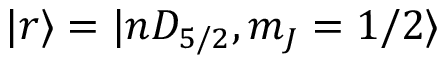
| r \rangle = | n D _ { 5 / 2 } , m _ { J } = 1 / 2 \rangle